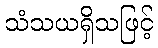
သံသယရှိသဖြင့်